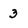
Character: 3